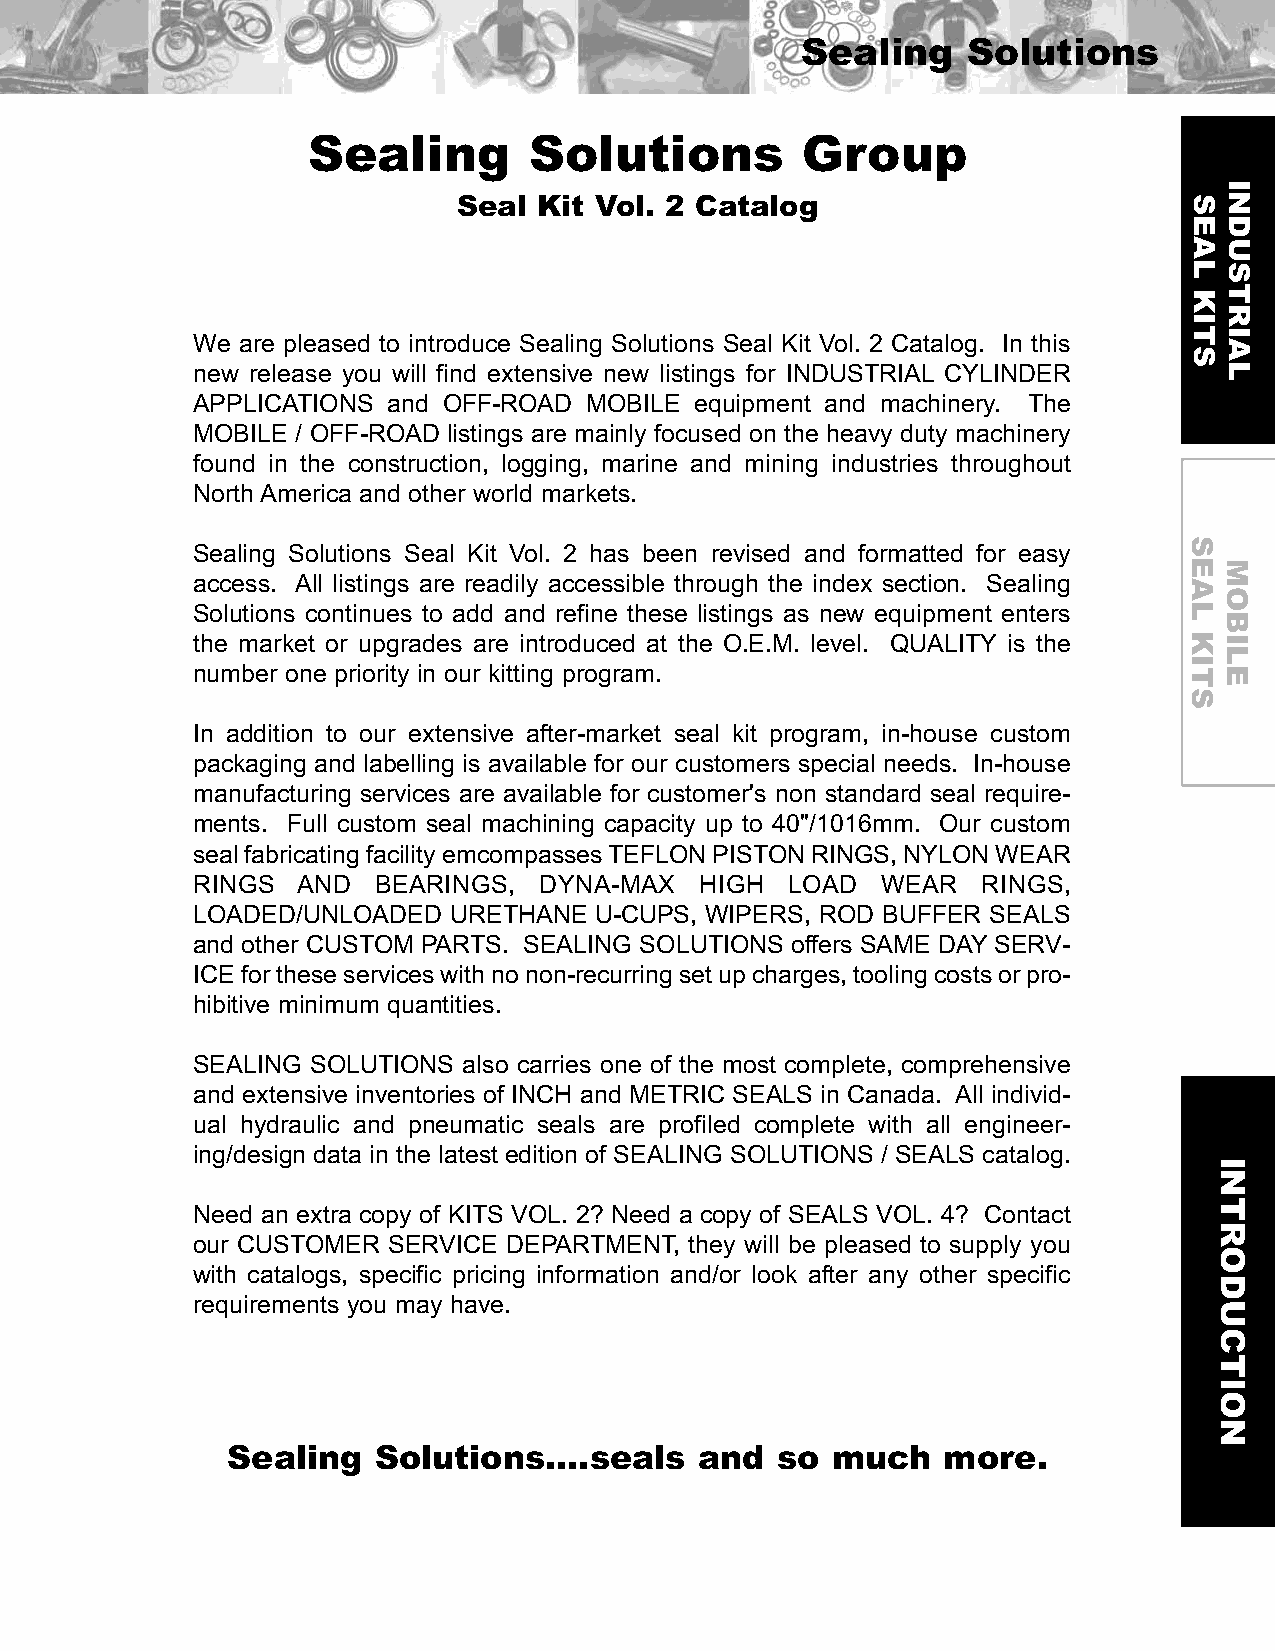
Sealing    Solutions
 Sealing        Solutions         Group
 Seal  Kit Vol. 2 Catalog
 We are pleased to introduce Sealing Solutions Seal Kit Vol. 2 Catalog. In this
 new release you will find extensive new listings for INDUSTRIAL CYLINDER
 APPLICATIONS and OFF-ROAD MOBILE equipment and machinery. The
 MOBILE / OFF-ROAD listings are mainly focused on the heavy duty machinery
 found in the construction, logging, marine and mining industries throughout
 North America and other world markets.
 Sealing Solutions Seal Kit Vol. 2 has been revised and formatted for easy
 access. All listings are readily accessible through the index section. Sealing
 Solutions continues to add and refine these listings as new equipment enters
 the market or upgrades are introduced at the O.E.M. level. QUALITY is the
 number one priority in our kitting program.
 In addition to our extensive after-market seal kit program, in-house custom
 packaging and labelling is available for our customers special needs. In-house
 manufacturing services are available for customer's non standard seal require-
 ments. Full custom seal machining capacity up to 40"/1016mm. Our custom
 sealfabricatingfacilityemcompassesTEFLONPISTONRINGS,NYLONWEAR
 RINGS  AND  BEARINGS,  DYNA-MAX  HIGH  LOAD  WEAR   RINGS,
 LOADED/UNLOADED  URETHANE U-CUPS, WIPERS, ROD BUFFER SEALS
 and other CUSTOM PARTS. SEALING SOLUTIONS offers SAME DAY SERV-
 ICEfortheseserviceswithnonon-recurringsetupcharges,toolingcostsorpro-
 hibitive minimum quantities.
 SEALING SOLUTIONS also carries one of the most complete, comprehensive
 and extensive inventories of INCH and METRIC SEALS in Canada. All individ-
 ual hydraulic and pneumatic seals are profiled complete with all engineer-
 ing/design data in the latest edition of SEALING SOLUTIONS / SEALS catalog.
 Need an extra copy of KITS VOL. 2? Need a copy of SEALS VOL. 4? Contact
 our CUSTOMER SERVICE DEPARTMENT, they will be pleased to supply you
 with catalogs, specific pricing information and/or look after any other specific
 requirements you may have.
 Sealing   Solutions....seals   and  so  much   more.
 SEAL
 KITS
 SEAL
 KITS
 INTRODUCTION
 INDUSTRIAL
 MOBILE